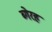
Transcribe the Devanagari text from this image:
ब्गेरह